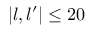
| l , l ^ { \prime } | \le 2 0